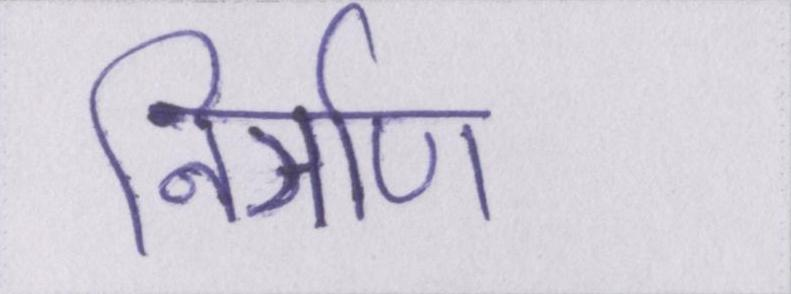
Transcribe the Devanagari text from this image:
निर्ञाण